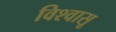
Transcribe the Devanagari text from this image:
विश्‍वासू